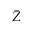
\bar { Z }